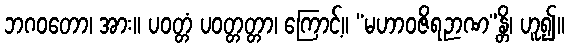
ဘဂဝတော၊ အား။ ပဝတ္တံ ပဝတ္တတ္တာ၊ ကြောင့်။ “မဟာဝဇိရဉာဏ”န္တိ၊ ဟူ၍။